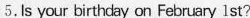
5.Is your birthday on February lst ?